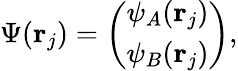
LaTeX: \begin{array}{r}{\Psi(\mathbf{r}_{j})=\left(\begin{array}{c}{\psi_{A}(\mathbf{r}_{j})}\\ {\psi_{B}(\mathbf{r}_{j})}\end{array}\right),}\end{array}